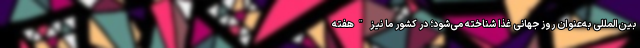
بین‌المللی به‌عنوان روز جهانی غذا شناخته می‌شود؛ در کشور ما نیز "هفته